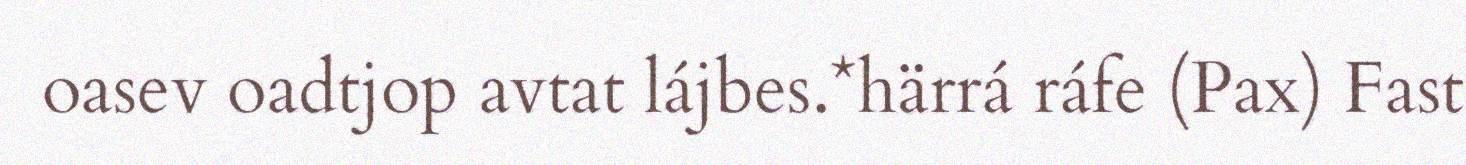
oasev oadtjop avtat lájbes.*härrá ráfe (Pax) Fast